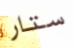
ستار